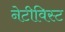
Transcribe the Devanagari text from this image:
नेटीविस्ट